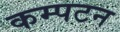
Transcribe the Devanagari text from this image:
कम्पटन